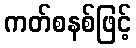
ကတ်စနစ်ဖြင့်